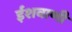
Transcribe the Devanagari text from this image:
ईशवाणी